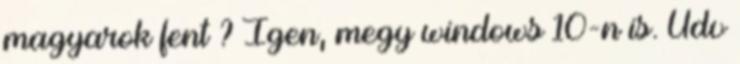
magyarok fent ? Igen, megy windows 10-n is. Üdv